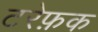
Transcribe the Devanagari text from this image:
टरेफ़क